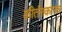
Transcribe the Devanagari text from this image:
कीर्तनकारच